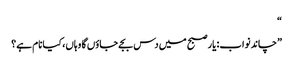
“
”چاند نواب: یار صبح میں دس بجے جاؤں گا وہاں، کیا نام ہے؟